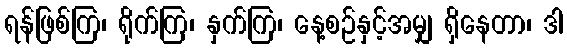
ရန်ဖြစ်ကြ၊ ရိုက်ကြ၊ နှက်ကြ၊ နေ့စဉ်နှင့်အမျှ ရှိနေတာ၊ ဒါ